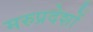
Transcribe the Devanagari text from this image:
मरुप्रदेशों